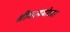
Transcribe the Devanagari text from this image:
श्रीमत्ययोध्या